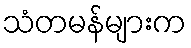
သံတမန်များက